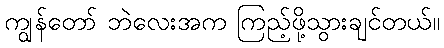
ကျွန်တော် ဘဲလေးအက ကြည့်ဖို့သွားချင်တယ်။